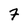
Character: 7